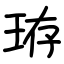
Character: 珔